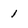
Character: l